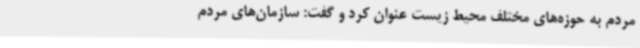
مردم به حوزه‌های مختلف محیط زیست عنوان کرد و گفت: سازمان‌های مردم